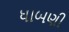
ધાબણી